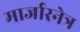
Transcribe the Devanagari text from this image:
मार्जारनेत्र